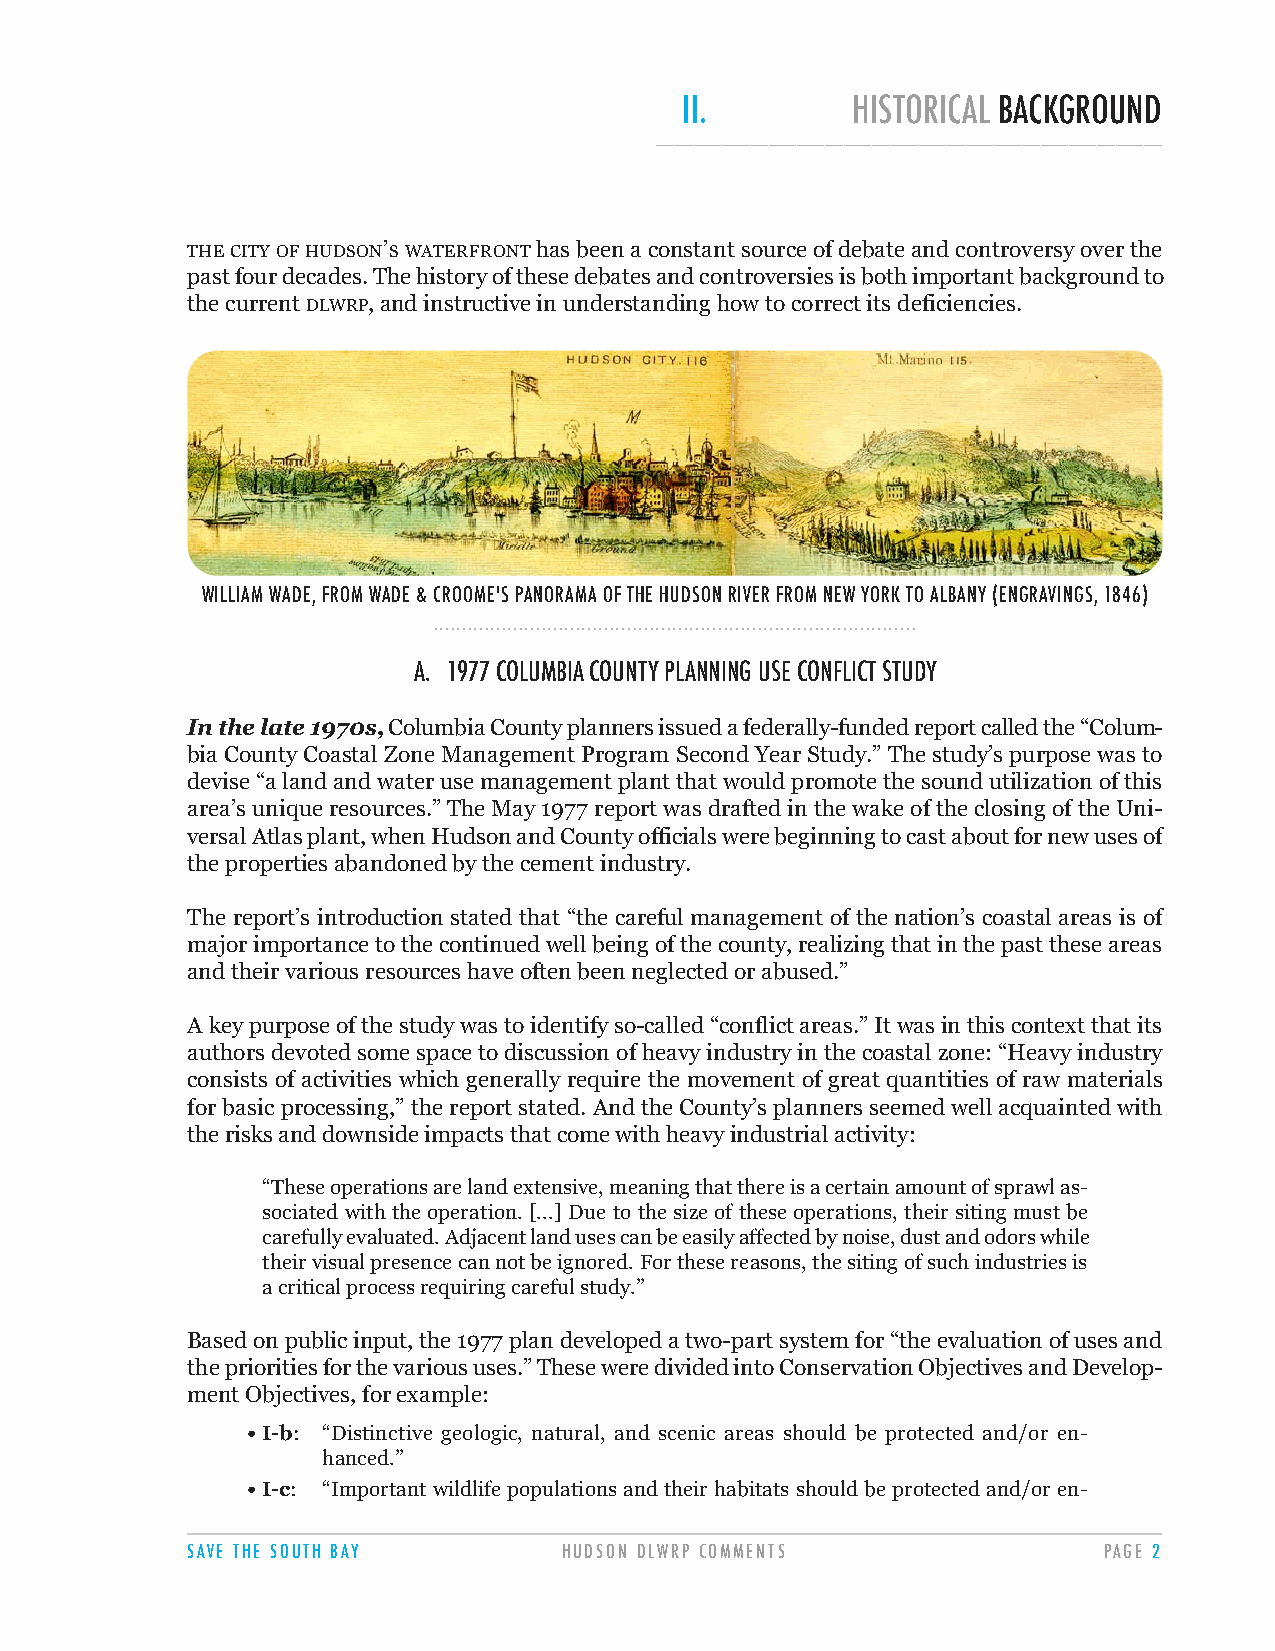
II.        HISTORICAL BACKGROUND
 ______________________________________________________
 THECITYOFHUDSON’S WATERFRONThas been a constant source of debate and controversy over the
 past four decades. The history of these debates and controversies is both important background to
 the current DLWRP, and instructive in understanding how to correct its deficiencies.
 WILLIAM WADE, FROM WADE & CROOME'S PANORAMA OF THE HUDSON RIVER FROM NEW YORK TO ALBANY (ENGRAVINGS, 1846)
 .....................................................................................
 A. 1977 COLUMBIA COUNTY PLANNING USE CONFLICT STUDY
 In the late 1970s,Columbia County planners issued a federally-funded report called the “Colum-
 bia County Coastal Zone Management Program Second Year Study.” The study’s purpose was to
 devise “a land and water use management plant that would promote the sound utilization of this
 area’s unique resources.” The May 1977 report was drafted in the wake of the closing of the Uni-
 versal Atlas plant, when Hudson and County officials were beginning to cast about for new uses of
 the properties abandoned by the cement industry.
 The report’s introduction stated that “the careful management of the nation’s coastal areas is of
 major importance to the continued well being of the county, realizing that in the past these areas
 and their various resources have often been neglected or abused.”
 A key purpose of the study was to identify so-called “conflict areas.” It was in this context that its
 authors devoted some space to discussion of heavy industry in the coastal zone: “Heavy industry
 consists of activities which generally require the movement of great quantities of raw materials
 for basic processing,” the report stated. And the County’s planners seemed well acquainted with
 the risks and downside impacts that come with heavy industrial activity:
 “These operations are land extensive, meaning that there is a certain amount of sprawl as-
 sociated with the operation. [...] Due to the size of these operations, their siting must be
 carefully evaluated. Adjacent land uses can be easily affected by noise, dust and odors while
 their visual presence can not be ignored. For these reasons, the siting of such industries is
 a critical process requiring careful study.”
 Based on public input, the 1977 plan developed a two-part system for “the evaluation of uses and
 the priorities for the various uses.” These were divided into Conservation Objectives and Develop-
 ment Objectives, for example:
 • I-b: “Distinctive geologic, natural, and scenic areas should be protected and/or en-
 hanced.”
 • I-c: “Important wildlife populations and their habitats should be protected and/or en-
 SAVE THE SOUTH BAY       HUDSON DLWRP COMMENTS               PAGE 2